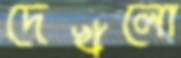
দেখলো